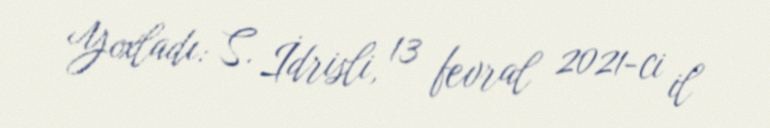
Yoxladı: S. İdrisli, 13 fevral 2021-ci il